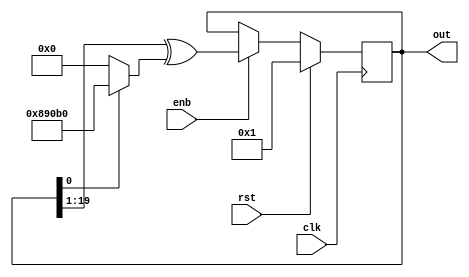
//The confidential and proprietary information contained in this file may only be used by a person authorised under and to the extent permitted by a subsisting licensing agreement from ARM Limited or its affiliates.
//
//  (C) Copyright 2001-2017 ARM Limited or its affiliates. All rights reserved.
//
//The entire notice above must be reproduced on all copies of this file and copies of this file may only be made by a person if such person is permitted to do so under the terms of a subsisting license agreementfrom ARM Limited or its affiliates.
module lfsr_new (
  clk       ,   
  rst       ,   
  enb       ,   
  out           
  );
    parameter WIDTH = 20;
    parameter TAPS = 20'b10001001000010110000;
    input clk;
    input rst;
    input enb; 
    output [WIDTH-1 : 0] out;
    wire [WIDTH-1 : 0] out;
    reg  [WIDTH-1 : 0] value;
    wire [WIDTH-1 : 0] next;
    wire        [39:0] taps;
    assign taps = {20'h0,TAPS};
    assign next = {1'b0,value[WIDTH-1:1]} ^ (value[0] ? taps[WIDTH-1:0] : {WIDTH{1'b0}});
    assign out = value;
    always @(posedge clk)
  if (rst) 
      value <= {{(WIDTH-1){1'b0}},1'd1};
  else if (enb) begin
      value <= next;
  end
endmodule